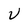
Character: v